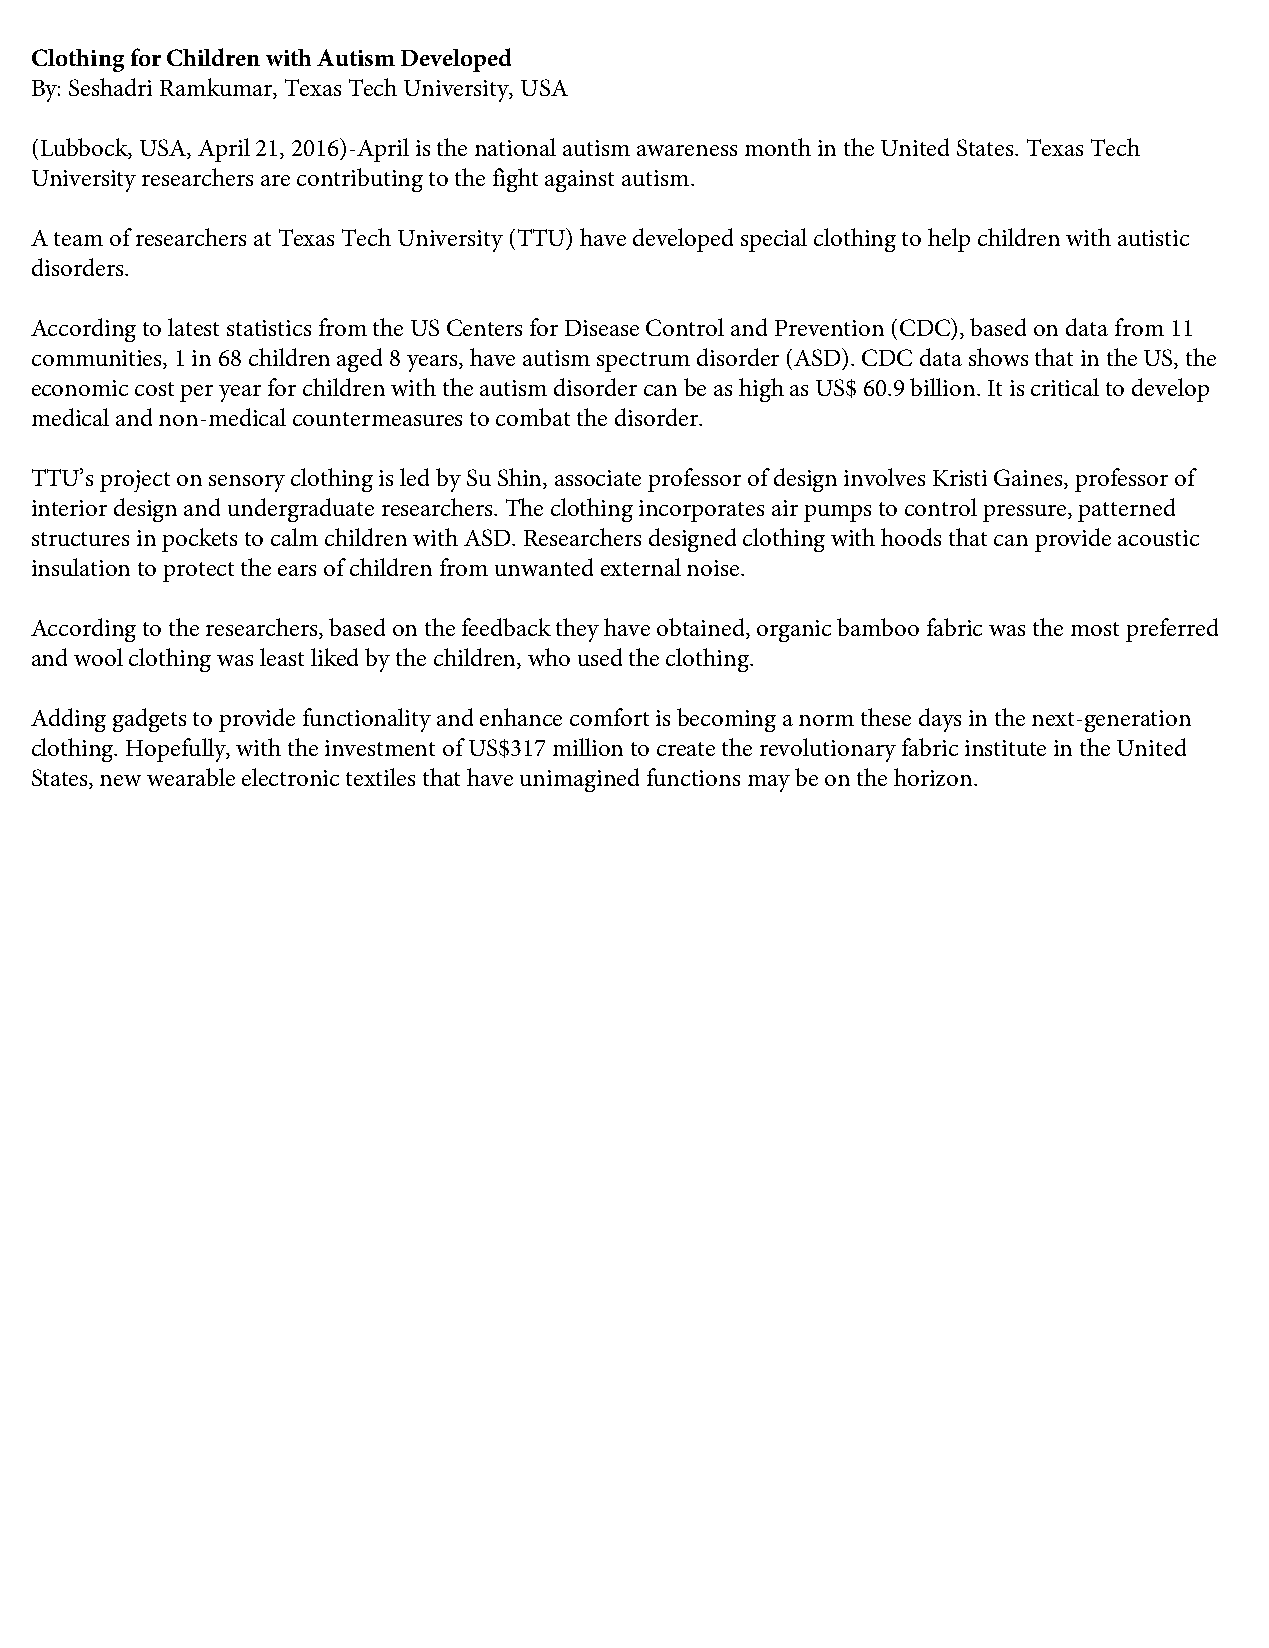
Clothing for Children with Autism Developed
 By: Seshadri Ramkumar, Texas Tech University, USA
 (Lubbock, USA, April 21, 2016)-April is the national autism awareness month in the United States. Texas Tech
 University researchers are contributing to the fight against autism.
 A team of researchers at Texas Tech University (TTU) have developed special clothing to help children with autistic
 disorders.
 According to latest statistics from the US Centers for Disease Control and Prevention (CDC), based on data from 11
 communities, 1 in 68 children aged 8 years, have autism spectrum disorder (ASD). CDC data shows that in the US, the
 economic cost per year for children with the autism disorder can be as high as US$ 60.9 billion. It is critical to develop
 medical and non-medical countermeasures to combat the disorder.
 TTU’s project on sensory clothing is led by Su Shin, associate professor of design involves Kristi Gaines, professor of
 interior design and undergraduate researchers. The clothing incorporates air pumps to control pressure, patterned
 structures in pockets to calm children with ASD. Researchers designed clothing with hoods that can provide acoustic
 insulation to protect the ears of children from unwanted external noise.
 According to the researchers, based on the feedback they have obtained, organic bamboo fabric was the most preferred
 and wool clothing was least liked by the children, who used the clothing.
 Adding gadgets to provide functionality and enhance comfort is becoming a norm these days in the next-generation
 clothing. Hopefully, with the investment of US$317 million to create the revolutionary fabric institute in the United
 States, new wearable electronic textiles that have unimagined functions may be on the horizon.